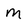
Character: m